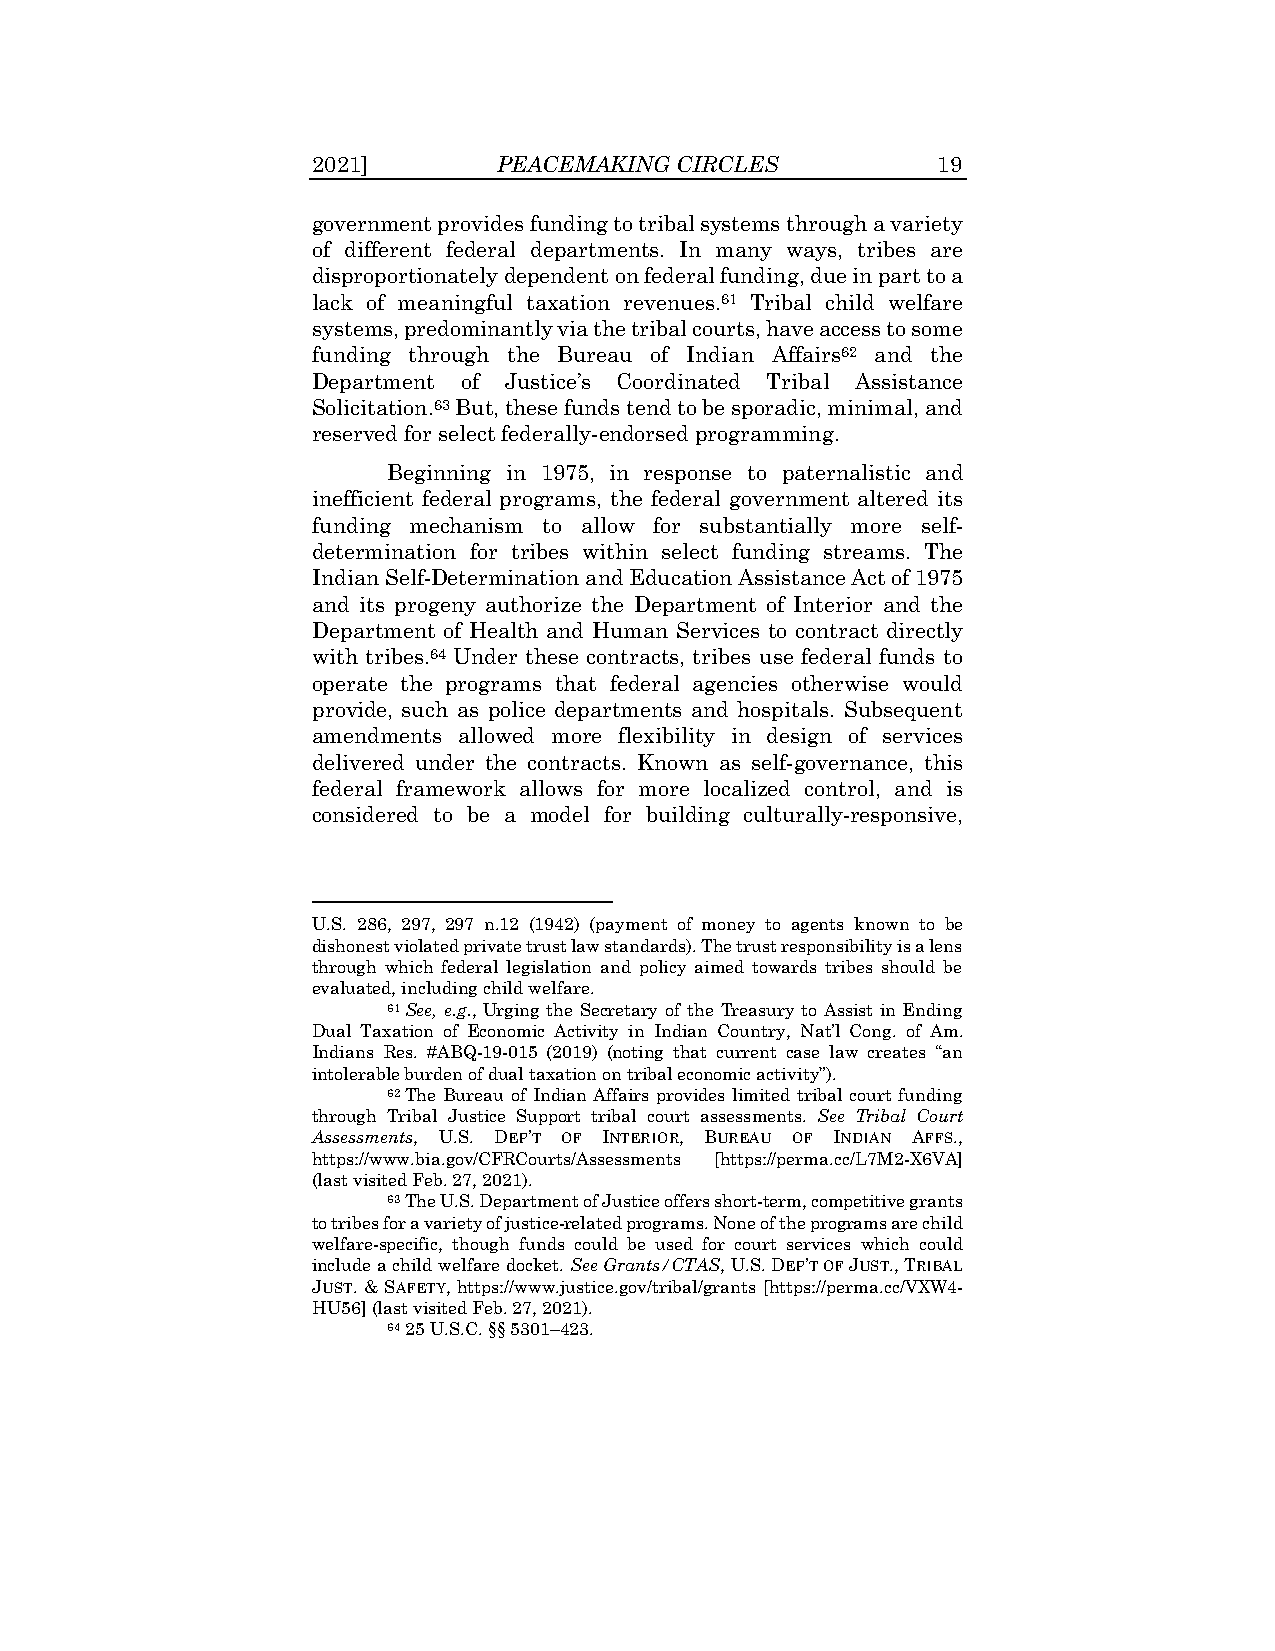
2021]       PEACEMAKING CIRCLES          19
 government provides funding to tribal systems through a variety
 of different federal departments. In many ways, tribes are
 disproportionately dependent on federal funding, due in part to a
 lack of meaningful taxation revenues.61 Tribal child welfare
 systems, predominantly via the tribal courts, have access to some
 funding through the Bureau of Indian Affairs62 and the
 Department of Justice’s Coordinated Tribal Assistance
 Solicitation.63 But, these funds tend to be sporadic, minimal, and
 reserved for select federally-endorsed programming.
 Beginning in 1975, in response to paternalistic and
 inefficient federal programs, the federal government altered its
 funding mechanism to allow for substantially more self-
 determination for tribes within select funding streams. The
 Indian Self-Determination and Education Assistance Act of 1975
 and its progeny authorize the Department of Interior and the
 Department of Health and Human Services to contract directly
 with tribes.64 Under these contracts, tribes use federal funds to
 operate the programs that federal agencies otherwise would
 provide, such as police departments and hospitals. Subsequent
 amendments allowed more flexibility in design of services
 delivered under the contracts. Known as self-governance, this
 federal framework allows for more localized control, and is
 considered to be a model for building culturally-responsive,
 U.S. 286, 297, 297 n.12 (1942) (payment of money to agents known to be
 dishonest violated private trust law standards). The trust responsibility is a lens
 through which federal legislation and policy aimed towards tribes should be
 evaluated, including child welfare.
 61 See, e.g., Urging the Secretary of the Treasury to Assist in Ending
 Dual Taxation of Economic Activity in Indian Country, Nat’l Cong. of Am.
 Indians Res. #ABQ-19-015 (2019) (noting that current case law creates “an
 intolerable burden of dual taxation on tribal economic activity”).
 62 The Bureau of Indian Affairs provides limited tribal court funding
 through Tribal Justice Support tribal court assessments. See Tribal Court
 Assessments, U.S. DEP’T OF INTERIOR, BUREAU OF INDIAN AFFS.,
 https://www.bia.gov/CFRCourts/Assessments [https://perma.cc/L7M2-X6VA]
 (last visited Feb. 27, 2021).
 63 The U.S. Department of Justice offers short-term, competitive grants
 to tribes for a variety of justice-related programs. None of the programs are child
 welfare-specific, though funds could be used for court services which could
 include a child welfare docket. See Grants/CTAS, U.S. DEP’T OF JUST., TRIBAL
 JUST. & SAFETY, https://www.justice.gov/tribal/grants [https://perma.cc/VXW4-
 HU56] (last visited Feb. 27, 2021).
 64 25 U.S.C. §§ 5301–423.